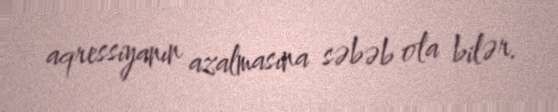
aqressiyanın azalmasına səbəb ola bilər.